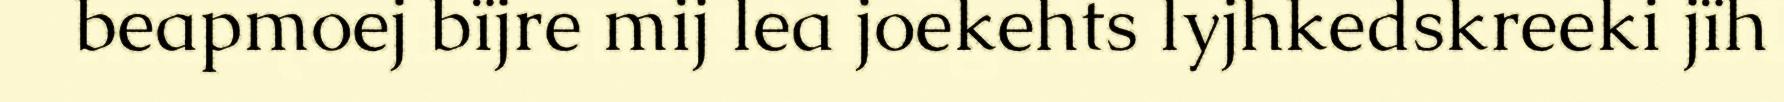
beapmoej bïjre mij lea joekehts lyjhkedskreeki jïh